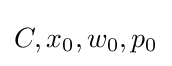
C,x_{0},w_{0},p_{0}